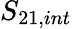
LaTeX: S_{21,int}